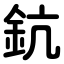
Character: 鈧